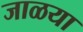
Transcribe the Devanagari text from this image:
जाळया